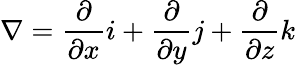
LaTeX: \nabla=\frac{\partial}{\partial x}i+\frac{\partial}{\partial y}j+\frac{\partial}{\partial z}k